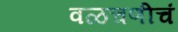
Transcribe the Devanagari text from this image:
वळचणीचं